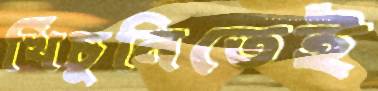
খিঁচুনিতেই